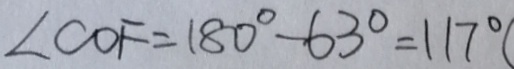
\angle C O F = 1 8 0 ^ { \circ } - 6 3 ^ { \circ } = 1 1 7 ^ { \circ } (